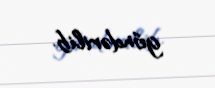
göndərilib.